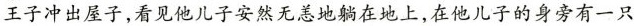
王子冲出屋子，看见他儿子安然无恙地躺在地上，在他儿子的身旁有一只